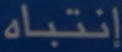
إنتباه